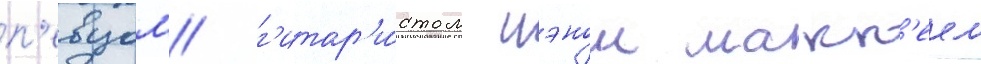
п'евцом/ г'итар'и́стом иэном макк'еем